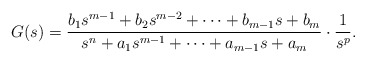
\begin{align*}G(s)=\frac{b_1s^{m-1}+b_2s^{m-2}+ \dots + b_{m-1}s+b_m}{s^n + a_1 s^{m-1} + \dots + a_{m-1}s + a_m} \cdot \frac{1}{s^p}.\end{align*}